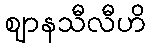
ဈာနသီလီဟိ